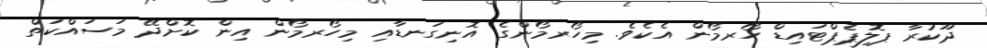
ދޫކުރާ ޕޮލިޕެޕްޓައިޑް ހޯރމޯން އެކެވެ. މިހޯރމޯންގެ އޮނިގަނޑާއި މިހޯރމޯން އިން ކޮށްދޭ މަސައްކަތް